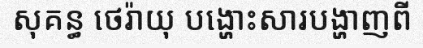
សុគន្ធ ថេរ៉ាយុ បង្ហោះសារបង្ហាញពី